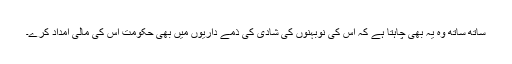
ساتھ ساتھ وہ یہ بھی چاہتا ہے کہ اس کی نوبہنوں کی شادی کی ذمے داریوں میں بھی حکومت اس کی مالی امداد کرے۔